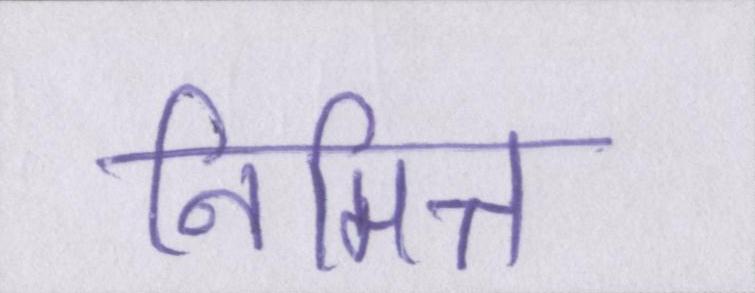
निमित्त